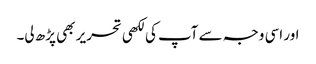
اور اسی وجہ سے آپ کی لکھی تحریر بھی پڑھ لی۔